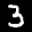
Label: 3